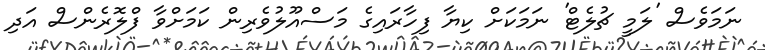
ނަމަވެސް 'ލަމީ ޗުލެޓް' ނަމަކަށް ކިޔާ ފިހާރައިގެ މަސްއޫލުވެރިން ކަމަށްވާ ފްލޮރެންސް އަދި